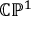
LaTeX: \mathbb { C P } ^ { 1 }